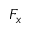
F _ { x }